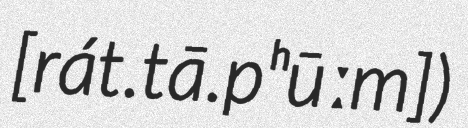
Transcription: [rát.tā.pʰūːm])